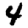
Digit: 4